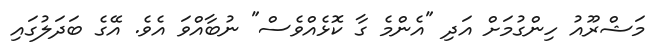
މަޝްރޫއު ހިންގުމަށް އަދި "އެންމެ ގާ ކޮޅެއްވެސް" ނުބާއްވަ އެވެ. އޭގެ ބަދަލުގައި